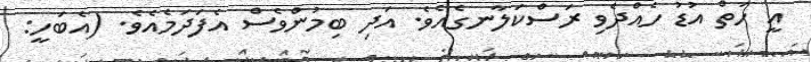
އީ ހަތް އުޑު ހެއްދެވި ރަސްކަލާނގެއެވެ. އަދި ބިމުންވެސް އެފަދަމެއެވެ. (އެބަހީ: